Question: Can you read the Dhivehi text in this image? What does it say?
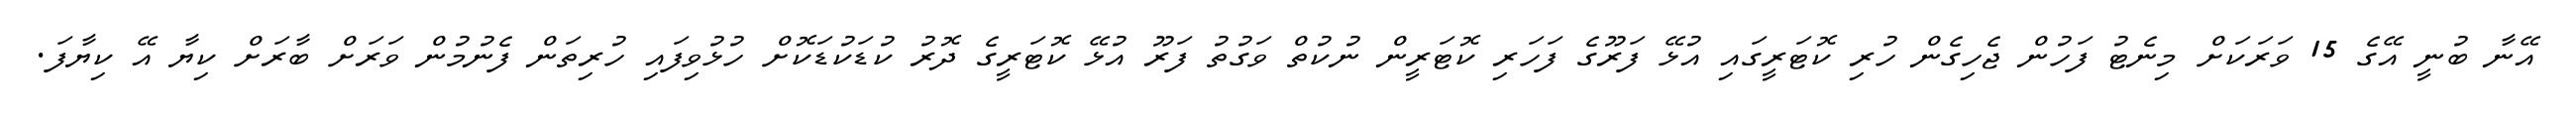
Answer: އޭނާ ބުނީ އޭގެ 15 ވަރަކަށް މިނެޓު ފަހުން ޖެހިގެން ހުރި ކޮޓަރީގައި އުޅޭ ފަރޫގެ ފަހަރި ކޮޓަރީން ނުކުތް ވަގުތު ފަރޫ އުޅޭ ކޮޓަރީގެ ދޮރު ކުޑަކުޑަކޮށް ހުޅުވިފައި ހުރިތަން ފެނުމުން ވަރަށް ބާރަށް ކިޔާ އޭ ކިޔާފަ.